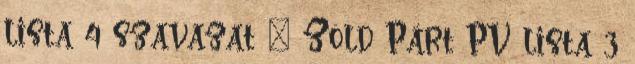
lista 4 szavazat – Zöld Párt PV lista 3